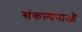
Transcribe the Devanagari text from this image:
संकल्‍पनाओं